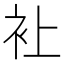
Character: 𧘕